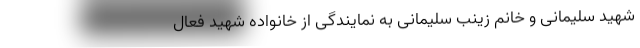
شهید سلیمانی و خانم زینب سلیمانی به نمایندگی از خانواده شهید فعال